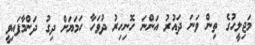
މަޖިލީހުގެ ތިން ވަނަ ދައުރު އަންނަ ހޮނިހިރު ދުވަހާ ހަމަޔަށް ދިގު ދަންމާފައިވީ